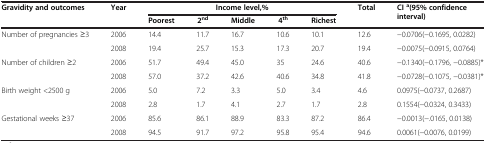
| Gravidity and outcomes | Year | <COLSPAN=5> Income level,% | Total | CI a(95% confidence interval) |
 |  |  | Poorest | 2nd | Middle | 4th | Richest |  |  |
 | --- | --- | --- | --- | --- | --- | --- | --- | --- |
 | <ROWSPAN=2> Number of pregnancies ≥3 | 2006 | 14.4 | 11.7 | 16.7 | 10.6 | 10.1 | 12.6 | −0.0706(−0.1695, 0.0282) |
 | 2008 | 19.4 | 25.7 | 15.3 | 17.3 | 20.7 | 19.4 | −0.0075(−0.0915, 0.0764) |
 | <ROWSPAN=2> Number of children ≥2 | 2006 | 51.7 | 49.4 | 45.0 | 35 | 24.6 | 40.6 | −0.1340(−0.1796, −0.0885)* |
 | 2008 | 57.0 | 37.2 | 42.6 | 40.6 | 34.8 | 41.8 | −0.0728(−0.1075, −0.0381)* |
 | <ROWSPAN=2> Birth weight <2500 g | 2006 | 5.0 | 7.2 | 3.3 | 5.0 | 3.4 | 4.6 | 0.0975(−0.0737, 0.2687) |
 | 2008 | 2.8 | 1.7 | 4.1 | 2.7 | 1.7 | 2.8 | 0.1554(−0.0324, 0.3433) |
 | <ROWSPAN=2> Gestational weeks ≥37 | 2006 | 85.6 | 86.1 | 88.9 | 83.3 | 87.2 | 86.4 | −0.0013(−.0165, 0.0138) |
 | 2008 | 94.5 | 91.7 | 97.2 | 95.8 | 95.4 | 94.6 | 0.0061(−0.0076, 0.0199) |